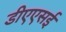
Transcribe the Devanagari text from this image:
डीएएसई